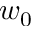
w _ { 0 }